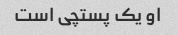
او یک پستچی است